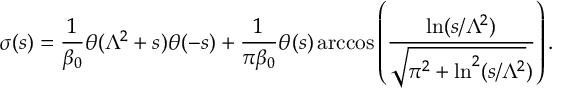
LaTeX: \sigma ( s ) = \frac 1 { \beta _ { 0 } } \theta ( \Lambda ^ { 2 } + s ) \theta ( - s ) + \frac 1 { \pi \beta _ { 0 } } \theta ( s ) \operatorname { a r c c o s } \left( \frac { \ln ( s / \Lambda ^ { 2 } ) } { \sqrt { \pi ^ { 2 } + \ln ^ { 2 } ( s / \Lambda ^ { 2 } } ) } \right) .